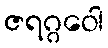
ဇရဂ္ဂဝေါ